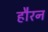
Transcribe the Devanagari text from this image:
हौरन